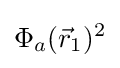
\Phi _{a}({\vec {r}}_{1})^{2}